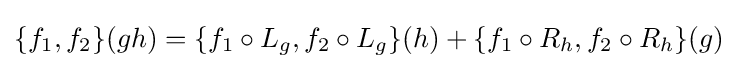
\{f_{1},f_{2}\}(gh)=\{f_{1}\circ L_{g},f_{2}\circ L_{g}\}(h)+\{f_{1}\circ R_{h},f_{2}\circ R_{h}\}(g)